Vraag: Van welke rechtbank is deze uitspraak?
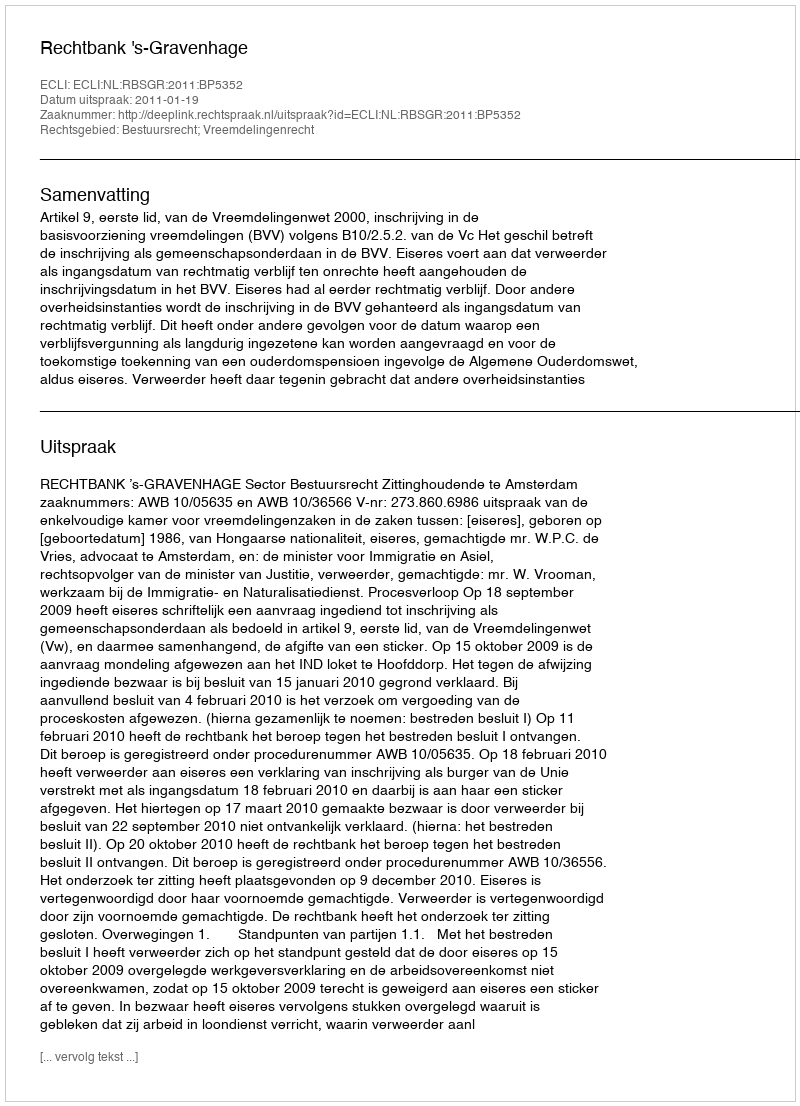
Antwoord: Rechtbank 's-Gravenhage